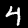
Label: 4